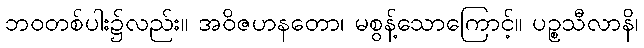
ဘဝတစ်ပါး၌လည်း။ အဝိဇဟနတော၊ မစွန့်သောကြောင့်။ ပဉ္စသီလာနိ၊